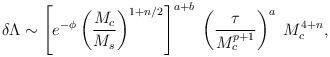
LaTeX: \begin{align*}\delta \Lambda \sim \left[ e^{-\phi} \left({M_c \over M_s} \right)^{1+n/2} \right]^{a+b} \; \left( {\tau \over M_c^{p+1}} \right)^{a} \;M_c^{4+n} ,\end{align*}